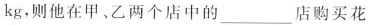
kg，则他在甲、乙两个店中的___店购买花